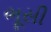
ભૂસી